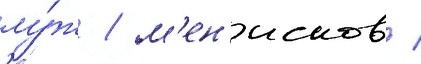
лу́ж / м'ен'исков /